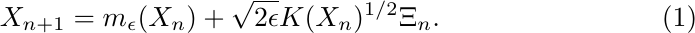
\begin{equation} \label{eq:update}
X_{n+1} = m_{\epsilon}(X_n) + \sqrt{2\epsilon} K(X_n)^{1/2} \Xi_n.
\end{equation}